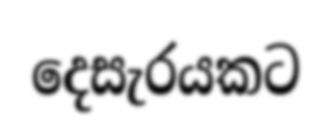
දෙසැරයකට